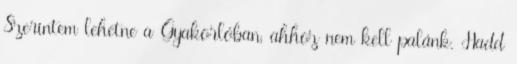
Szerintem lehetne a Gyakorlóban, ahhoz nem kell palánk. Hadd